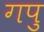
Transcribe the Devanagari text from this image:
गपु